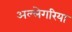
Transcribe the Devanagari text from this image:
अल्लेगरिया